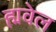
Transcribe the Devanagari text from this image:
ह्मवेल